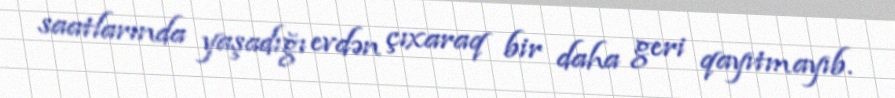
saatlarında yaşadığı evdən çıxaraq bir daha geri qayıtmayıb.